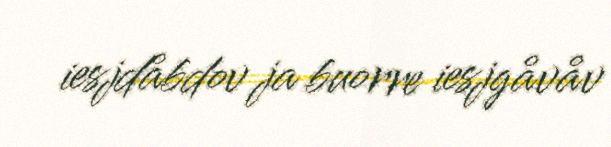
iesjdåbdov ja buorre iesjgåvåv